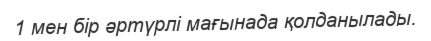
1 мен бір әртүрлі мағынада қолданылады.